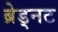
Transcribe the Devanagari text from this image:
ब्रेड्नट